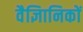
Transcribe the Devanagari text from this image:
वैज्ञिानिकों